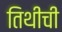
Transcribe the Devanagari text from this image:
तिथीची